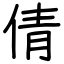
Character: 倩